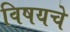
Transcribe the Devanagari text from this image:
विषयचे